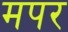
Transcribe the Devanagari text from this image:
मपर